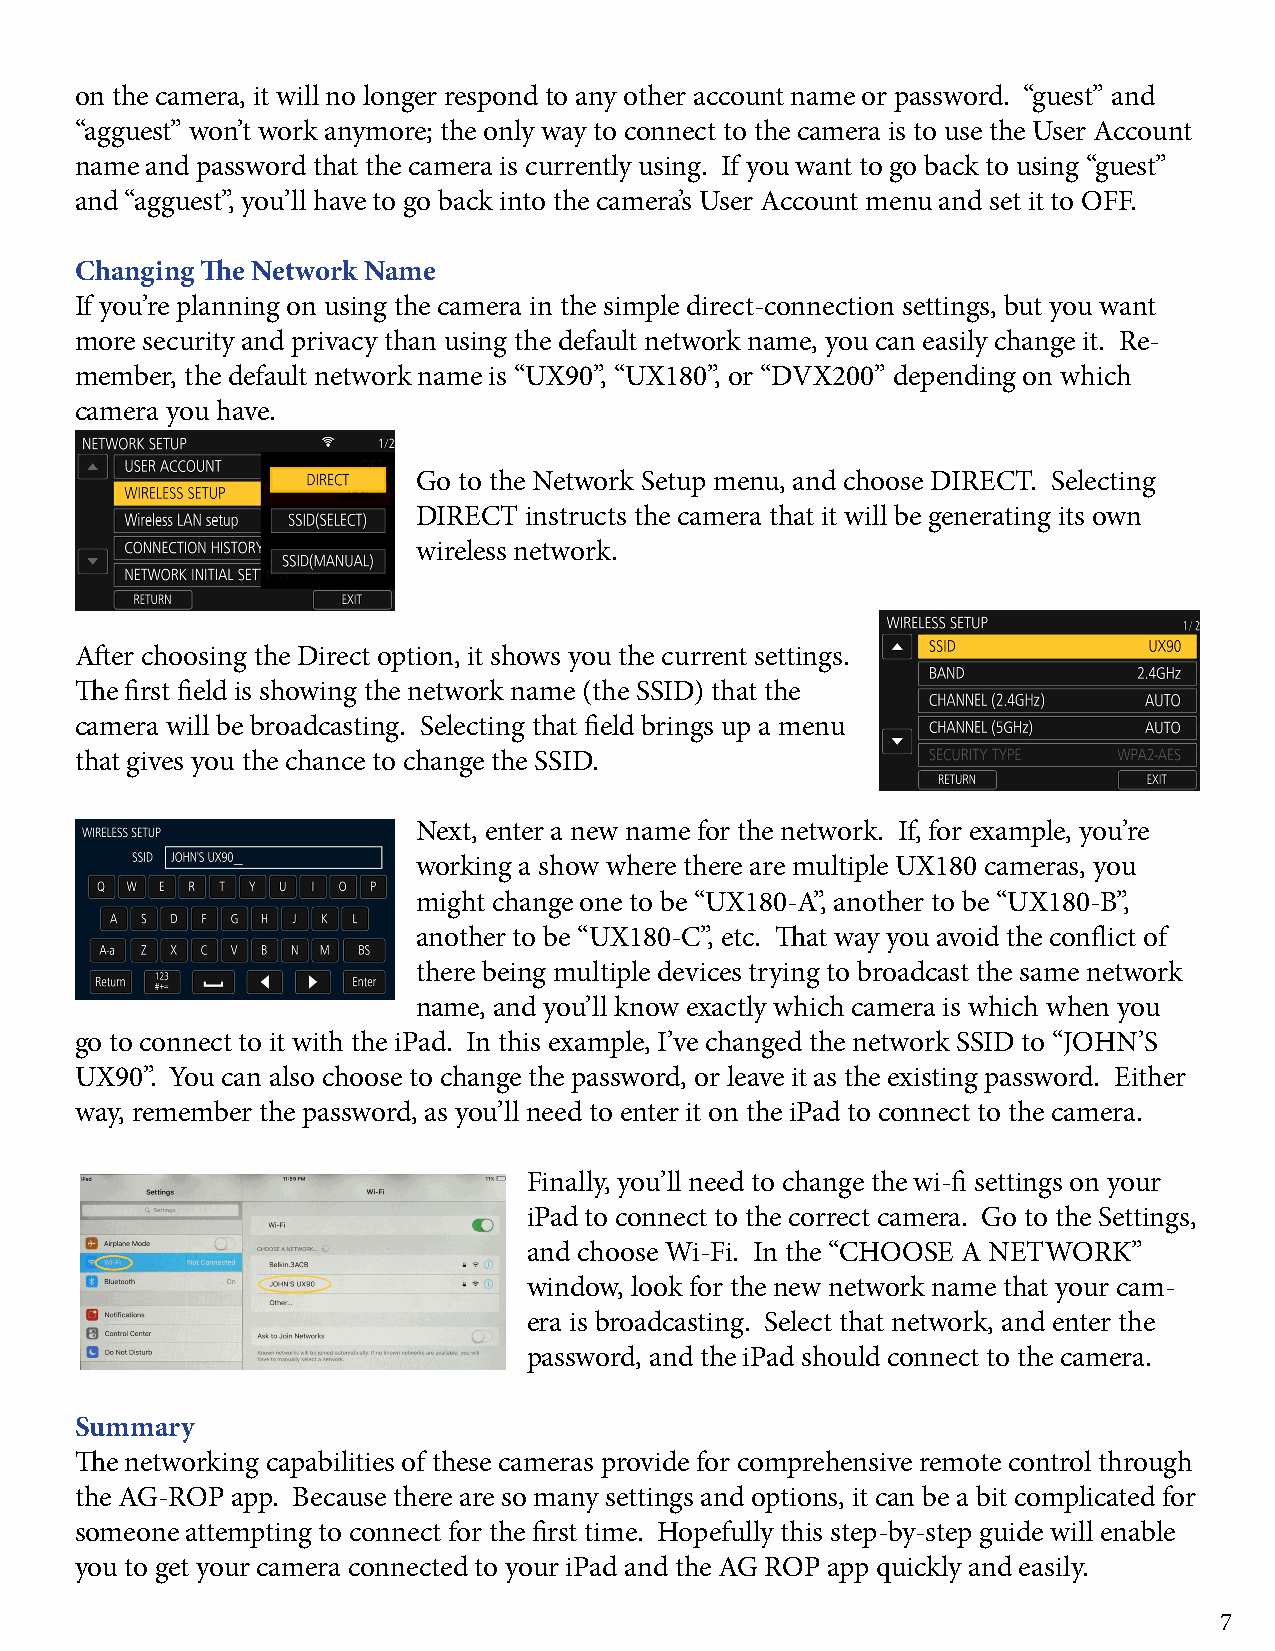
on the camera, it will no longer respond to any other account name or password. “guest” and
 “agguest” won’t work anymore; the only way to connect to the camera is to use the User Account
 name and password that the camera is currently using. If you want to go back to using “guest”
 and “agguest”, you’ll have to go back into the camera’s User Account menu and set it to OFF.
 Changing The Network Name
 If you’re planning on using the camera in the simple direct-connection settings, but you want
 more security and privacy than using the default network name, you can easily change it. Re-
 member, the default network name is “UX90”, “UX180”, or “DVX200” depending on which
 camera you have.
 Go to the Network Setup menu, and choose DIRECT. Selecting
 DIRECT instructs the camera that it will be generating its own
 wireless network.
 After choosing the Direct option, it shows you the current settings.
 The first field is showing the network name (the SSID) that the
 camera will be broadcasting. Selecting that field brings up a menu
 that gives you the chance to change the SSID.
 Next, enter a new name for the network. If, for example, you’re
 working a show where there are multiple UX180 cameras, you
 might change one to be “UX180-A”, another to be “UX180-B”,
 another to be “UX180-C”, etc. That way you avoid the conflict of
 there being multiple devices trying to broadcast the same network
 name, and you’ll know exactly which camera is which when you
 go to connect to it with the iPad. In this example, I’ve changed the network SSID to “JOHN’S
 UX90”. You can also choose to change the password, or leave it as the existing password. Either
 way, remember the password, as you’ll need to enter it on the iPad to connect to the camera.
 Finally, you’ll need to change the wi-fi settings on your
 iPad to connect to the correct camera. Go to the Settings,
 and choose Wi-Fi. In the “CHOOSE A NETWORK”
 window, look for the new network name that your cam-
 era is broadcasting. Select that network, and enter the
 password, and the iPad should connect to the camera.
 Summary
 The networking capabilities of these cameras provide for comprehensive remote control through
 the AG-ROP app. Because there are so many settings and options, it can be a bit complicated for
 someone attempting to connect for the first time. Hopefully this step-by-step guide will enable
 you to get your camera connected to your iPad and the AG ROP app quickly and easily.
 7